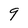
Character: 9